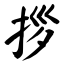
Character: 拶